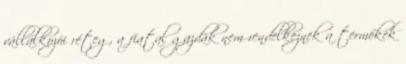
vállalkozói réteg, a fiatal gazdák nem rendelkeznek a termékek